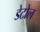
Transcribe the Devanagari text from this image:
डेटोल